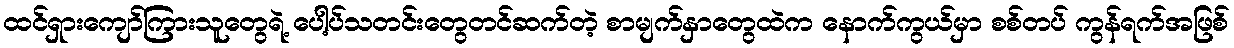
ထင်ရှားကျော်ကြားသူတွေရဲ့ ပေါ့ပ်သတင်းတွေတင်ဆက်တဲ့ စာမျက်နှာတွေထဲက နောက်ကွယ်မှာ စစ်တပ် ကွန်ရက်အဖြစ်